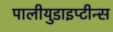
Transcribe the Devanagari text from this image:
पालीयुडाइप्टीन्स